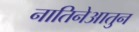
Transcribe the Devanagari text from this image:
नातिनेआतुन